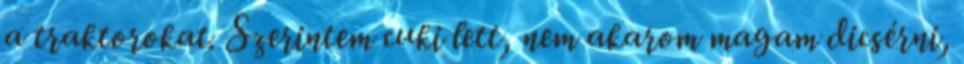
a traktorokat. Szerintem cuki lett, nem akarom magam dicsérni,